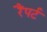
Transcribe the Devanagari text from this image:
रैंपर्ट